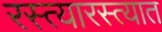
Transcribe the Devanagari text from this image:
रस्त्यारस्त्यात